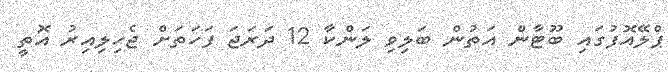
ޕްލޭއޮފުގައި ބޫޓާން އަތުން ބަލިވި ލަންކާ 12 ދަރަޖަ ފަހަތަށް ޖެހިލިއިރު އޮތީ